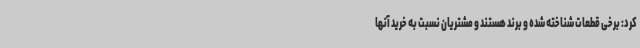
کرد: برخی قطعات شناخته شده و برند هستند و مشتریان نسبت به خرید آنها